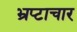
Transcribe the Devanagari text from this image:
भ्रप्टाचार